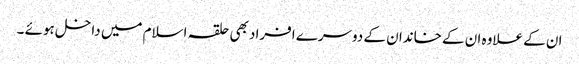
ان کے علاوہ ان کے خاندان کے دوسرے افراد بھی حلقہ اسلام میں داخل ہوئے ۔